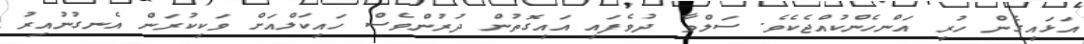
އަޅައިގެން ހުރި އަންހެންކުއްޖެކެވެ. ސަލްވާ ދުވެފައި އައިގޮތުން ދުރުންވެސް ހައިކަލްއަށް ވަކިކުރަން އެނގުނުއިރު